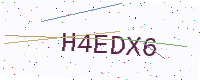
Text: H4EDX6